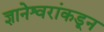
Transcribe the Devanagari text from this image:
ज्ञानेश्वरांकडून